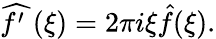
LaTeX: {\widehat{f^{\prime}\; }}(\xi)=2\pi i\xi{\hat{f}}(\xi).